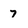
Character: 7